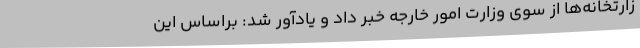
زارتخانه‌ها از سوی وزارت امور خارجه خبر داد و یادآور شد: براساس این